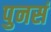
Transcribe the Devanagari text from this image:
पुनसं